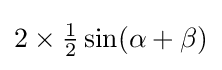
{\textstyle 2\times {\frac {1}{2}}\sin(\alpha +\beta )}